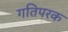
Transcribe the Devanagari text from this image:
गतिपरक